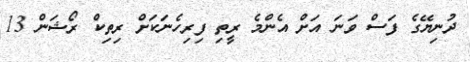
ދުނިޔޭގެ ފަސް ވަނަ އަށް އެންމެ ރީތި ފިރިހެނަކަށް ރިތިކް ރޯޝަން 13